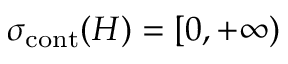
\sigma _ { \mathrm { c o n t } } ( H ) = [ 0 , + \infty )